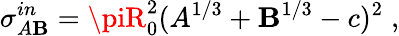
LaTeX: \sigma_{A\mathbf{B}}^{in}=\piR_{0}^{2}(A^{1/3}+\mathbf{B}^{1/3}-c)^{2}\; ,